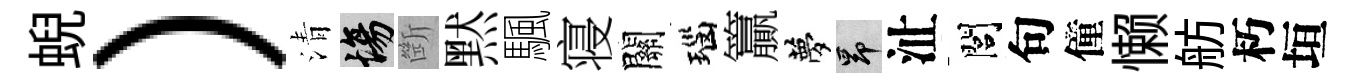
蜺）清場㫁黙颿寝關瑙籯夢昂沚閭句僮懒舫朽垣